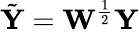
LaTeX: \tilde{\textbf{Y}}=\textbf{W}^{\frac{1}{2}}\textbf{Y}